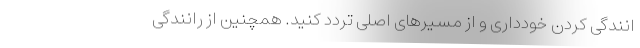
انندگی کردن خودداری و از مسیر‌های اصلی تردد کنید. همچنین از رانندگی